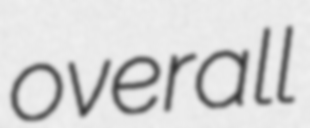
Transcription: overall